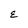
Character: E